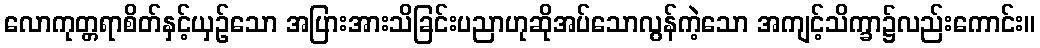
လောကုတ္တရာစိတ်နှင့်ယှဉ်သော အပြားအားသိခြင်းပညာဟုဆိုအပ်သောလွန်ကဲ့သော အကျင့်သိက္ခာ၌လည်းကောင်း။